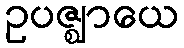
ဥပဇ္ဈာယေ